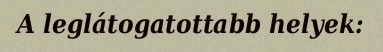
A leglátogatottabb helyek: